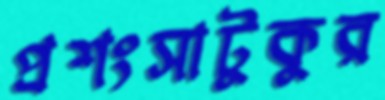
প্রশংসাটুকুর